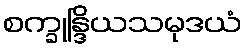
စက္ခုန္ဒြိယသမုဒယံ